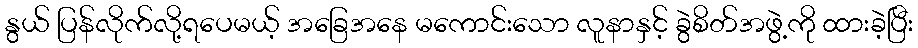
နွယ် ပြန်လိုက်လို့ရပေမယ့် အခြေအနေ မကောင်းသော လူနာနှင့် ခွဲစိတ်အဖွဲ့ကို ထားခဲ့ပြီး